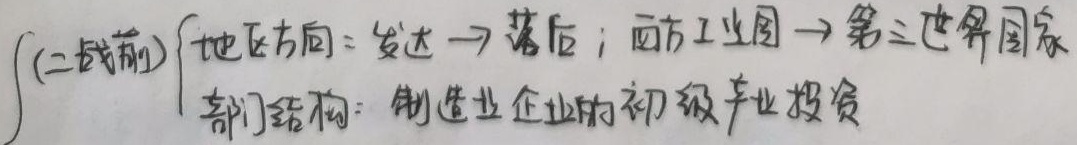
(二战前)
\[
\begin{cases}
\text{地区方向：发达} \to \text{落后}；\text{西方工业国} \to \text{第三世界国家}\\
\text{部门结构：制造业企业的初级产业投资}
\end{cases}
\]